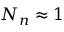
N _ { n } \approx 1